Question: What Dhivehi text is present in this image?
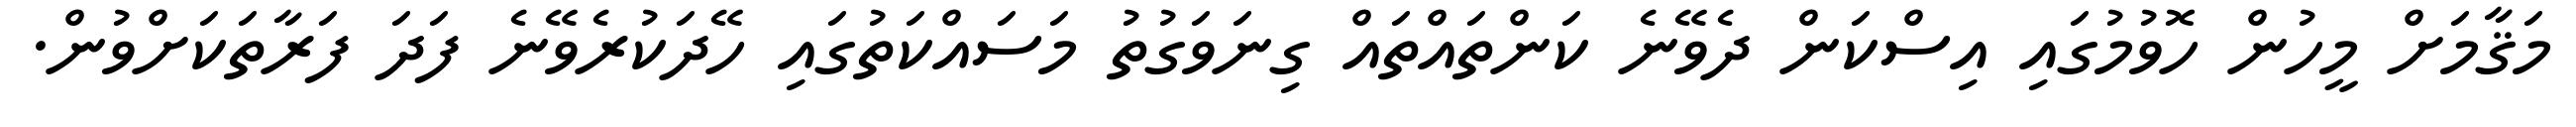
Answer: މަޤާމަށް މީހުން ހޮވުމުގައި އިސްކަން ދެވޭނެ ކަންތައްތައް ގިނަވަގުތު މަސައްކަތުގައި ހޭދަކުރެވޭނެ ފަދަ ފަރާތަކަށްވުން.